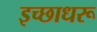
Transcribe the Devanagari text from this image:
इच्छाधरू